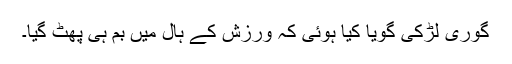
گوری لڑکی گویا کیا ہوئی کہ ورزش کے ہال میں بم ہی پھٹ گیا۔